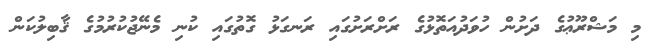
މި މަޝްރޫޢުގެ ދަށުން ހުވަދުއަތޮޅުގެ ރަށްރަށުގައި ރަނގަޅު ގޮތުގައި ކުނި މެނޭޖުކުރުމުގެ ޤާބިލުކަން